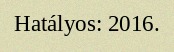
Hatályos: 2016.